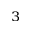
^ 3